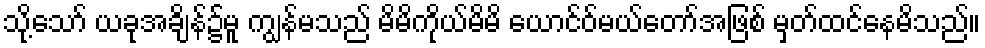
သို့သော် ယခုအချိန်၌မူ ကျွန်မသည် မိမိကိုယ်မိမိ ယောင်ဝ်မယ်တော်အဖြစ် မှတ်ထင်နေမိသည်။